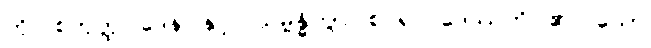
ကို။ စတုတ္ထပါဒေန၊ နှင့်။ သမ္ဗန္ဓိတွာ၊ စပ်၍။ ဒေဿတိ၊ ၏။ သော